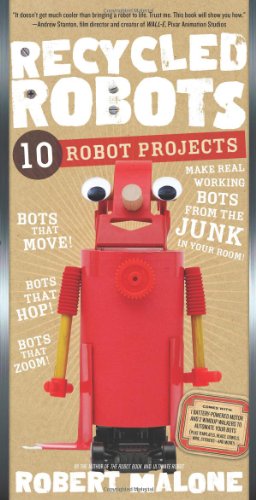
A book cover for Recycled Robots: 10 Robot Projects; Robert Malone; Children's Books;